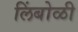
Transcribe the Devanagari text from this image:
लिंबोळी